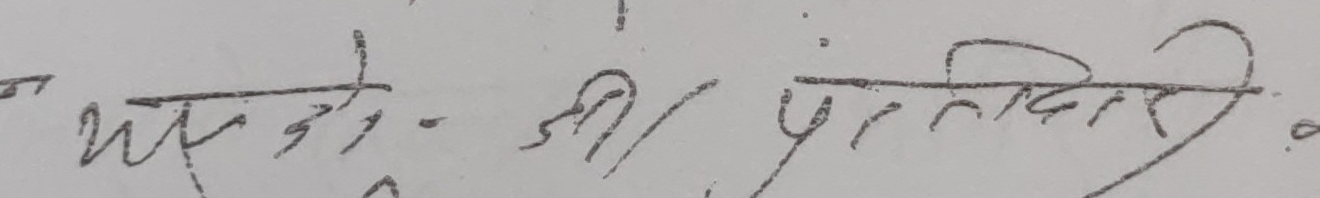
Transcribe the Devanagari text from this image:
यसको श्री प्रतिलिपि.